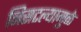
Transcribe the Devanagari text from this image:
निसटल्यामुळे